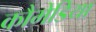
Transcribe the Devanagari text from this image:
कौमेडिया